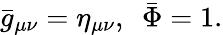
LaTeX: {\bar{g}}_{\mu\nu}=\eta_{\mu\nu},~~{\bar{\Phi}}=1.